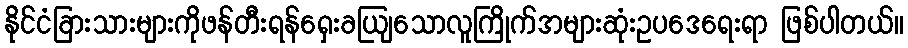
နိုင်ငံခြားသားများကိုဖန်တီးရန်ရှေးခယျြသောလူကြိုက်အများဆုံးဥပဒေရေးရာ ဖြစ်ပါတယ်။